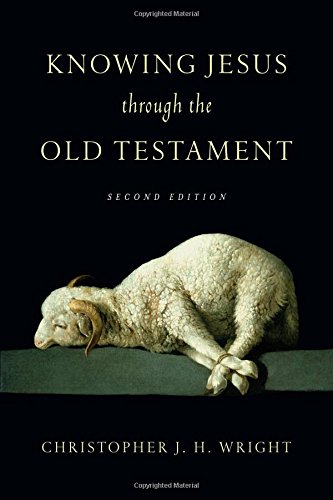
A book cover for Knowing Jesus Through the Old Testament (Knowing God Through the Old Testament Set); Christopher J. H. Wright; Christian Books & Bibles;